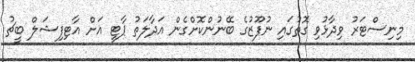
މިނިސްޓަރު ވިދާޅުވި ގޮތުގައި ނުފޫޒުގެ ބޭނުންކޮށްގެން އަދާލަތު ޕާޓީ އަށް އާޓިފިޝަލް ބީޗު